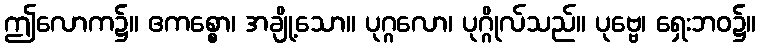
ဤလောက၌။ ဧကစ္စော၊ အချို့သော။ ပုဂ္ဂလော၊ ပုဂ္ဂိုလ်သည်။ ပုဗ္ဗေ၊ ရှေးဘဝ၌။